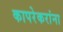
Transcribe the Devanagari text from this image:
कापरेकरांना